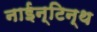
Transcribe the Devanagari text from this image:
नाईन्टिन्थ